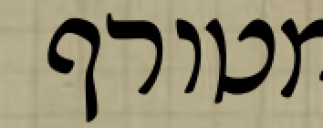
מטורף